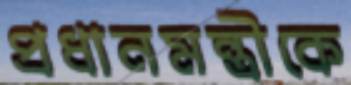
প্রধানমন্ত্রীকে